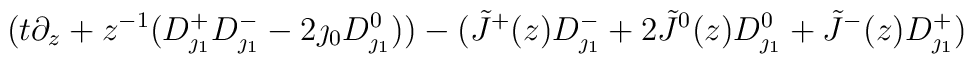
(t\partial_z +z^{-1}(D^+_{\jmath_1}D^-_{\jmath_1}-2\jmath_0D^0_{\jmath_1})) -(\tilde{J}^+(z)D^-_{\jmath_1}+2\tilde{J}^0(z)D^0_{\jmath_1}+\tilde{J}^-(z)D^+_{\jmath_1})